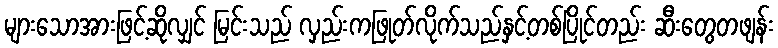
များသောအားဖြင့်ဆိုလျှင် မြင်းသည် လှည်းကဖြုတ်လိုက်သည်နှင့်တစ်ပြိုင်တည်း ဆီးတွေတဖျန်း